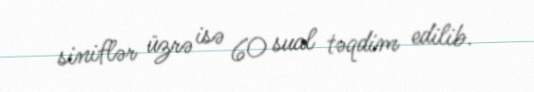
siniflər üzrə isə 60 sual təqdim edilib.